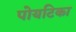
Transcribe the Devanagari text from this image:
पोयटिका